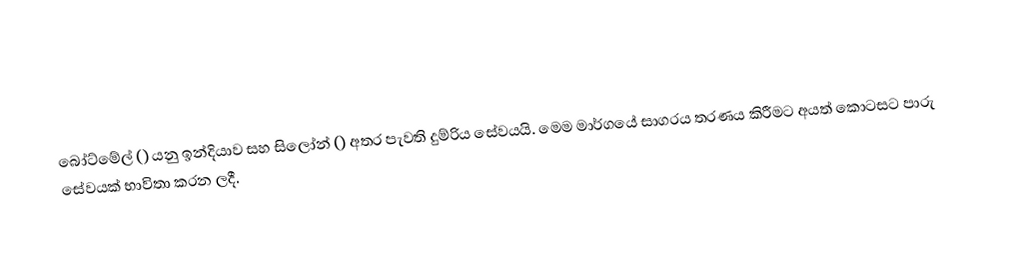
බෝට්මේල් () යනු ඉන්දියාව සහ සිලෝන් () අතර පැවති දුම්රිය සේවයයි. මෙම මාර්ගයේ සාගරය තරණය කිරීමට අයත් කොටසට පාරු සේවයක් භාවිතා කරන ලදී.